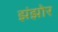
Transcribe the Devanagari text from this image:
झंझोर